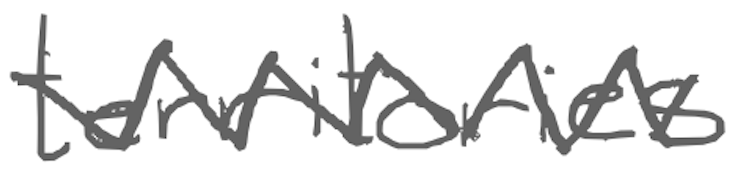
Text: territories
Cross-out: zig-zag
Writing tool: digital_gray